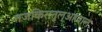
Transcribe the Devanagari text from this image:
तजकिरातुल्अहवाल